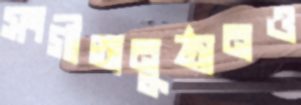
সংগীতানুষ্ঠানও